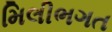
મિલીભગત